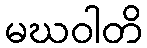
မဃဝါတိ